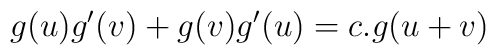
g(u)g'(v) + g(v)g'(u) = c. g(u+v)